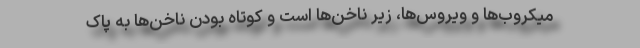
میکروب‌ها و ویروس‌ها، زیر ناخن‌ها است و کوتاه بودن ناخن‌ها به پاک